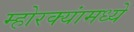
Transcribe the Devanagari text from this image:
म्होरक्यांमध्ये